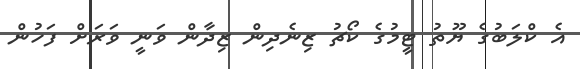
އެ ކްލަބުގެ ޔޫތު ޓީމުގެ ކޯޗު ޒިނެދިން ޒިދާން ވަނީ ވަރަށް ފަހުން